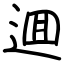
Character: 逥